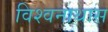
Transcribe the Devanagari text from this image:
विश्वनाथास